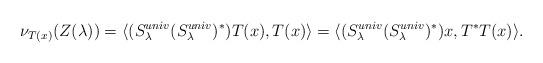
LaTeX: \begin{align*}\nu_{T(x)}(Z(\lambda) ) = \langle (S^{univ}_\lambda (S^{univ}_\lambda)^*)T(x), T(x) \rangle = \langle (S^{univ}_\lambda (S^{univ}_\lambda)^*)x, T^* T (x) \rangle. \end{align*}